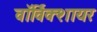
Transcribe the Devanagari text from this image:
वाॅर्विक्शायर